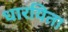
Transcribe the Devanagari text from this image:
धारयिता